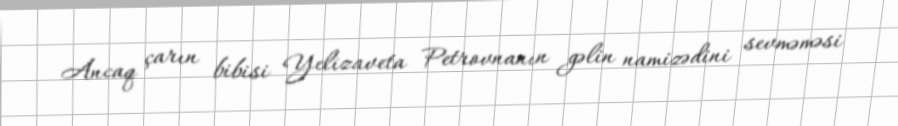
Ancaq çarın bibisi Yelizaveta Petrovnanın gəlin namizədini sevməməsi